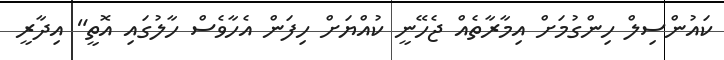
ކައުންސިލް ހިންގުމަށް އިމާރާތެއް ޖެހޭނީ ކުއްޔަށް ހިފަން އެހާވެސް ހާލުގައި އޮތީ" އިދާރީ